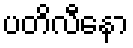
ပတိလီနော